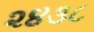
૨૪૩૮